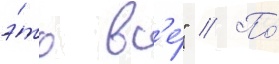
э́то вс'е́" // По́